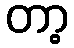
တာ့